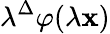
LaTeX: \lambda^{\Delta}\varphi(\lambda\mathbf{x})